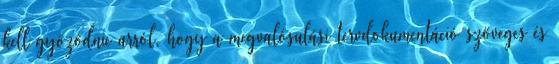
kell gyõzõdnie arról, hogy a megvalósulási tervdokumentáció szöveges és